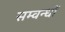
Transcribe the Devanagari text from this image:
सम्वन्धों